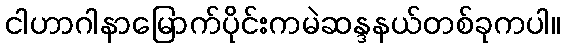
ငါဟာဂါနာမြောက်ပိုင်းကမဲဆန္ဒနယ်တစ်ခုကပါ။